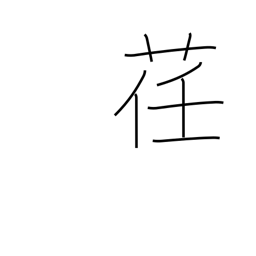
Meaning: pliable